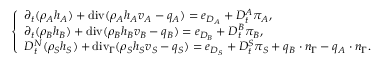
\left\{ \begin{array} { l l } { \partial _ { t } ( \rho _ { A } h _ { A } ) + \mathrm { { d i v } } ( \rho _ { A } h _ { A } v _ { A } - q _ { A } ) = e _ { D _ { A } } + D _ { t } ^ { A } \pi _ { A } , } \\ { \partial _ { t } ( \rho _ { B } h _ { B } ) + { \mathrm { d i v } } ( \rho _ { B } h _ { B } v _ { B } - q _ { B } ) = e _ { D _ { B } } + D _ { t } ^ { B } \pi _ { B } , } \\ { D _ { t } ^ { N } ( \rho _ { S } h _ { S } ) + \mathrm { { d i v } } _ { \Gamma } ( \rho _ { S } h _ { S } v _ { S } - q _ { S } ) = e _ { D _ { S } } + D _ { t } ^ { S } \pi _ { S } + q _ { B } \cdot n _ { \Gamma } - q _ { A } \cdot n _ { \Gamma } . } \end{array} \right.